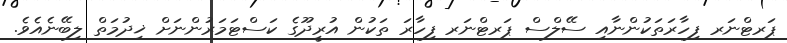
ޕަރޓްނަރ ފިހާރަތަކުންނާއި ސޭލްސް ޕަރޓްނަރ ފިހާރަ ތަކުން އުރީދޫގެ ކަސްޓަމަރުންނަށް ޚިދުމަތް ލިބޭނެއެވެ.